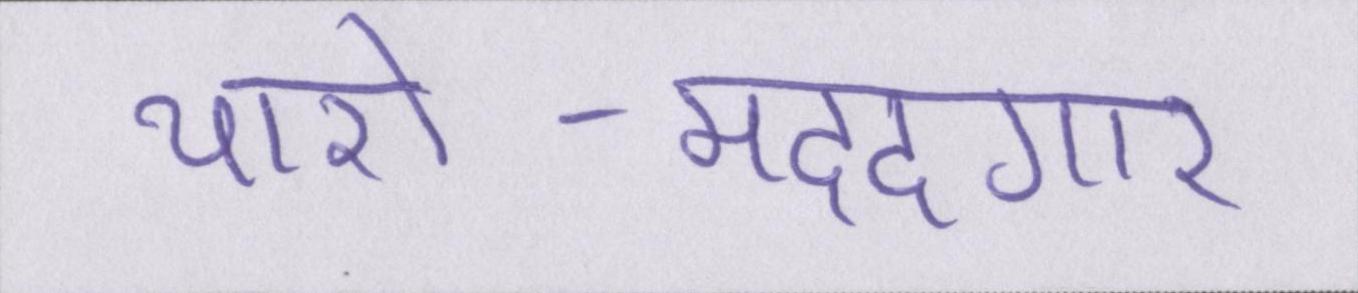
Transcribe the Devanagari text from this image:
यारो-मददगार